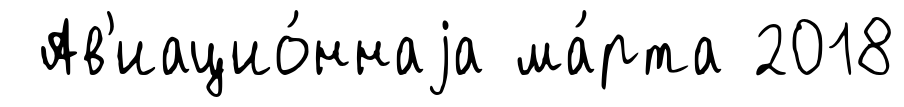
Ав'иацио́ннаjа ма́рта 2018